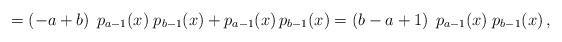
LaTeX: \begin{align*} =\left(-a+b\right)\;p_{a-1}(x)\;p_{b-1}(x)+p_{a-1}(x)\,p_{b-1}(x)=\left(b-a+1\right)\;p_{a-1}(x)\;p_{b-1}(x)\,,\end{align*}